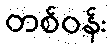
တစ်ဝန်း